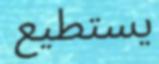
يستطيع